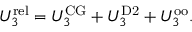
U _ { 3 } ^ { \mathrm { r e l } } = U _ { 3 } ^ { \mathrm { C G } } + U _ { 3 } ^ { \mathrm { D 2 } } + U _ { 3 } ^ { \mathrm { o o } } .